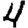
Digit: 4